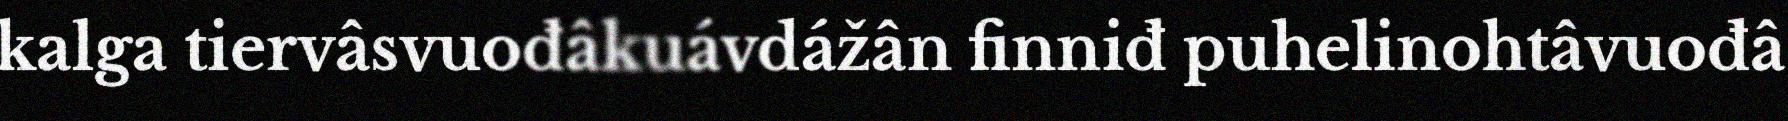
kalga tiervâsvuođâkuávdážân finniđ puhelinohtâvuođâ